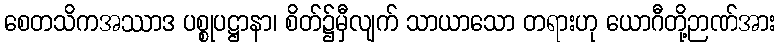
စေတသိကအဿာဒ ပစ္စုပဋ္ဌာနာ၊ စိတ်၌မှီလျက် သာယာသော တရားဟု ယောဂီတို့ဉာဏ်အား